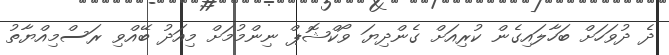
ދެ ދުވަހަށް ބަހާލައިގެން ކުރިއަށް ގެންދިޔަ ވޯކްޝޮޕް ނިންމުމަށް މިއަދު ބޭއްވި ރަސްމިއްޔާތު